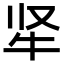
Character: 𬌛